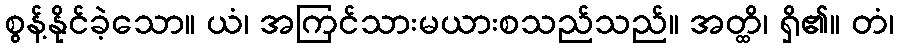
စွန့်နိုင်ခဲ့သော။ ယံ၊ အကြင်သားမယားစသည်သည်။ အတ္ထိ၊ ရှိ၏။ တံ၊